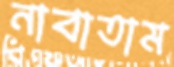
নাবাতাম